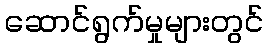
ဆောင်ရွက်မှုများတွင်